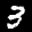
Label: 3